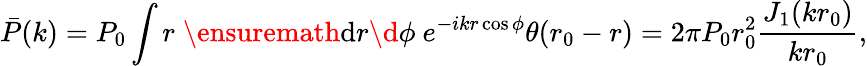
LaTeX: \bar{P}(k)=P_{0}\int r\; \ensuremath{\operatorname{d}\! {}r\d{}}\phi\ e^{-ikr\cos\phi}\theta(r_{0}-r)=2\pi P_{0}r_{0}^{2}\frac{J_{1}(kr_{0})}{kr_{0}},